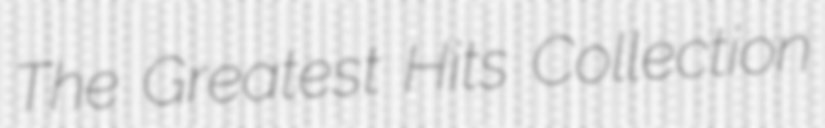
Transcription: The Greatest Hits Collection